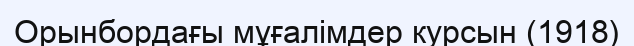
Орынбордағы мұғалімдер курсын (1918)